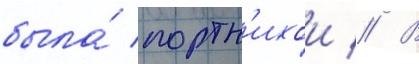
была́ портн'ихои // В